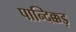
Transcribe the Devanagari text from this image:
पान्दिक्कड़